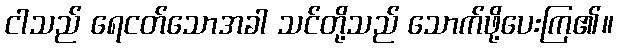
ငါသည် ရေငတ်သောအခါ သင်တို့သည် သောက်ဖို့ပေးကြ၏။